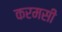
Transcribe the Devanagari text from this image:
करमसी